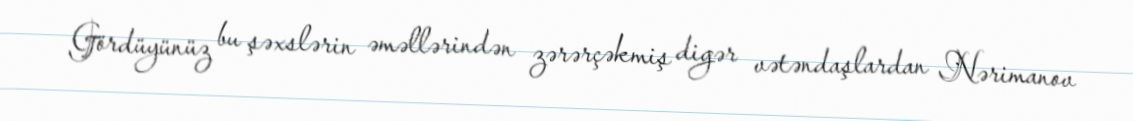
Gördüyünüz bu şəxslərin əməllərindən zərərçəkmiş digər vətəndaşlardan Nərimanov